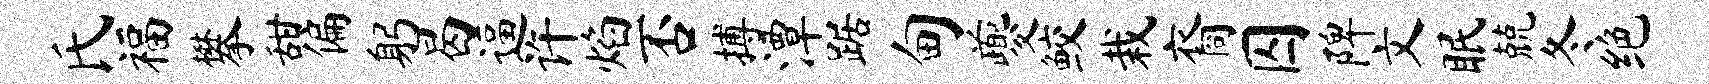
氏福攀甜偏躬曷逼许焰否搏潭踞甸夔鲛栽裔囚陴文眠兢冬绝